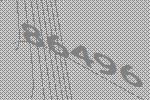
86496